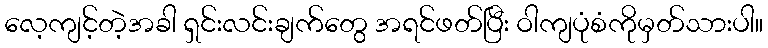
လေ့ကျင့်တဲ့အခါ ရှင်းလင်းချက်တွေ အရင်ဖတ်ပြီး ဝါကျပုံစံကိုမှတ်သားပါ။